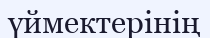
үймектерінің